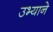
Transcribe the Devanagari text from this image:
उभ्याने